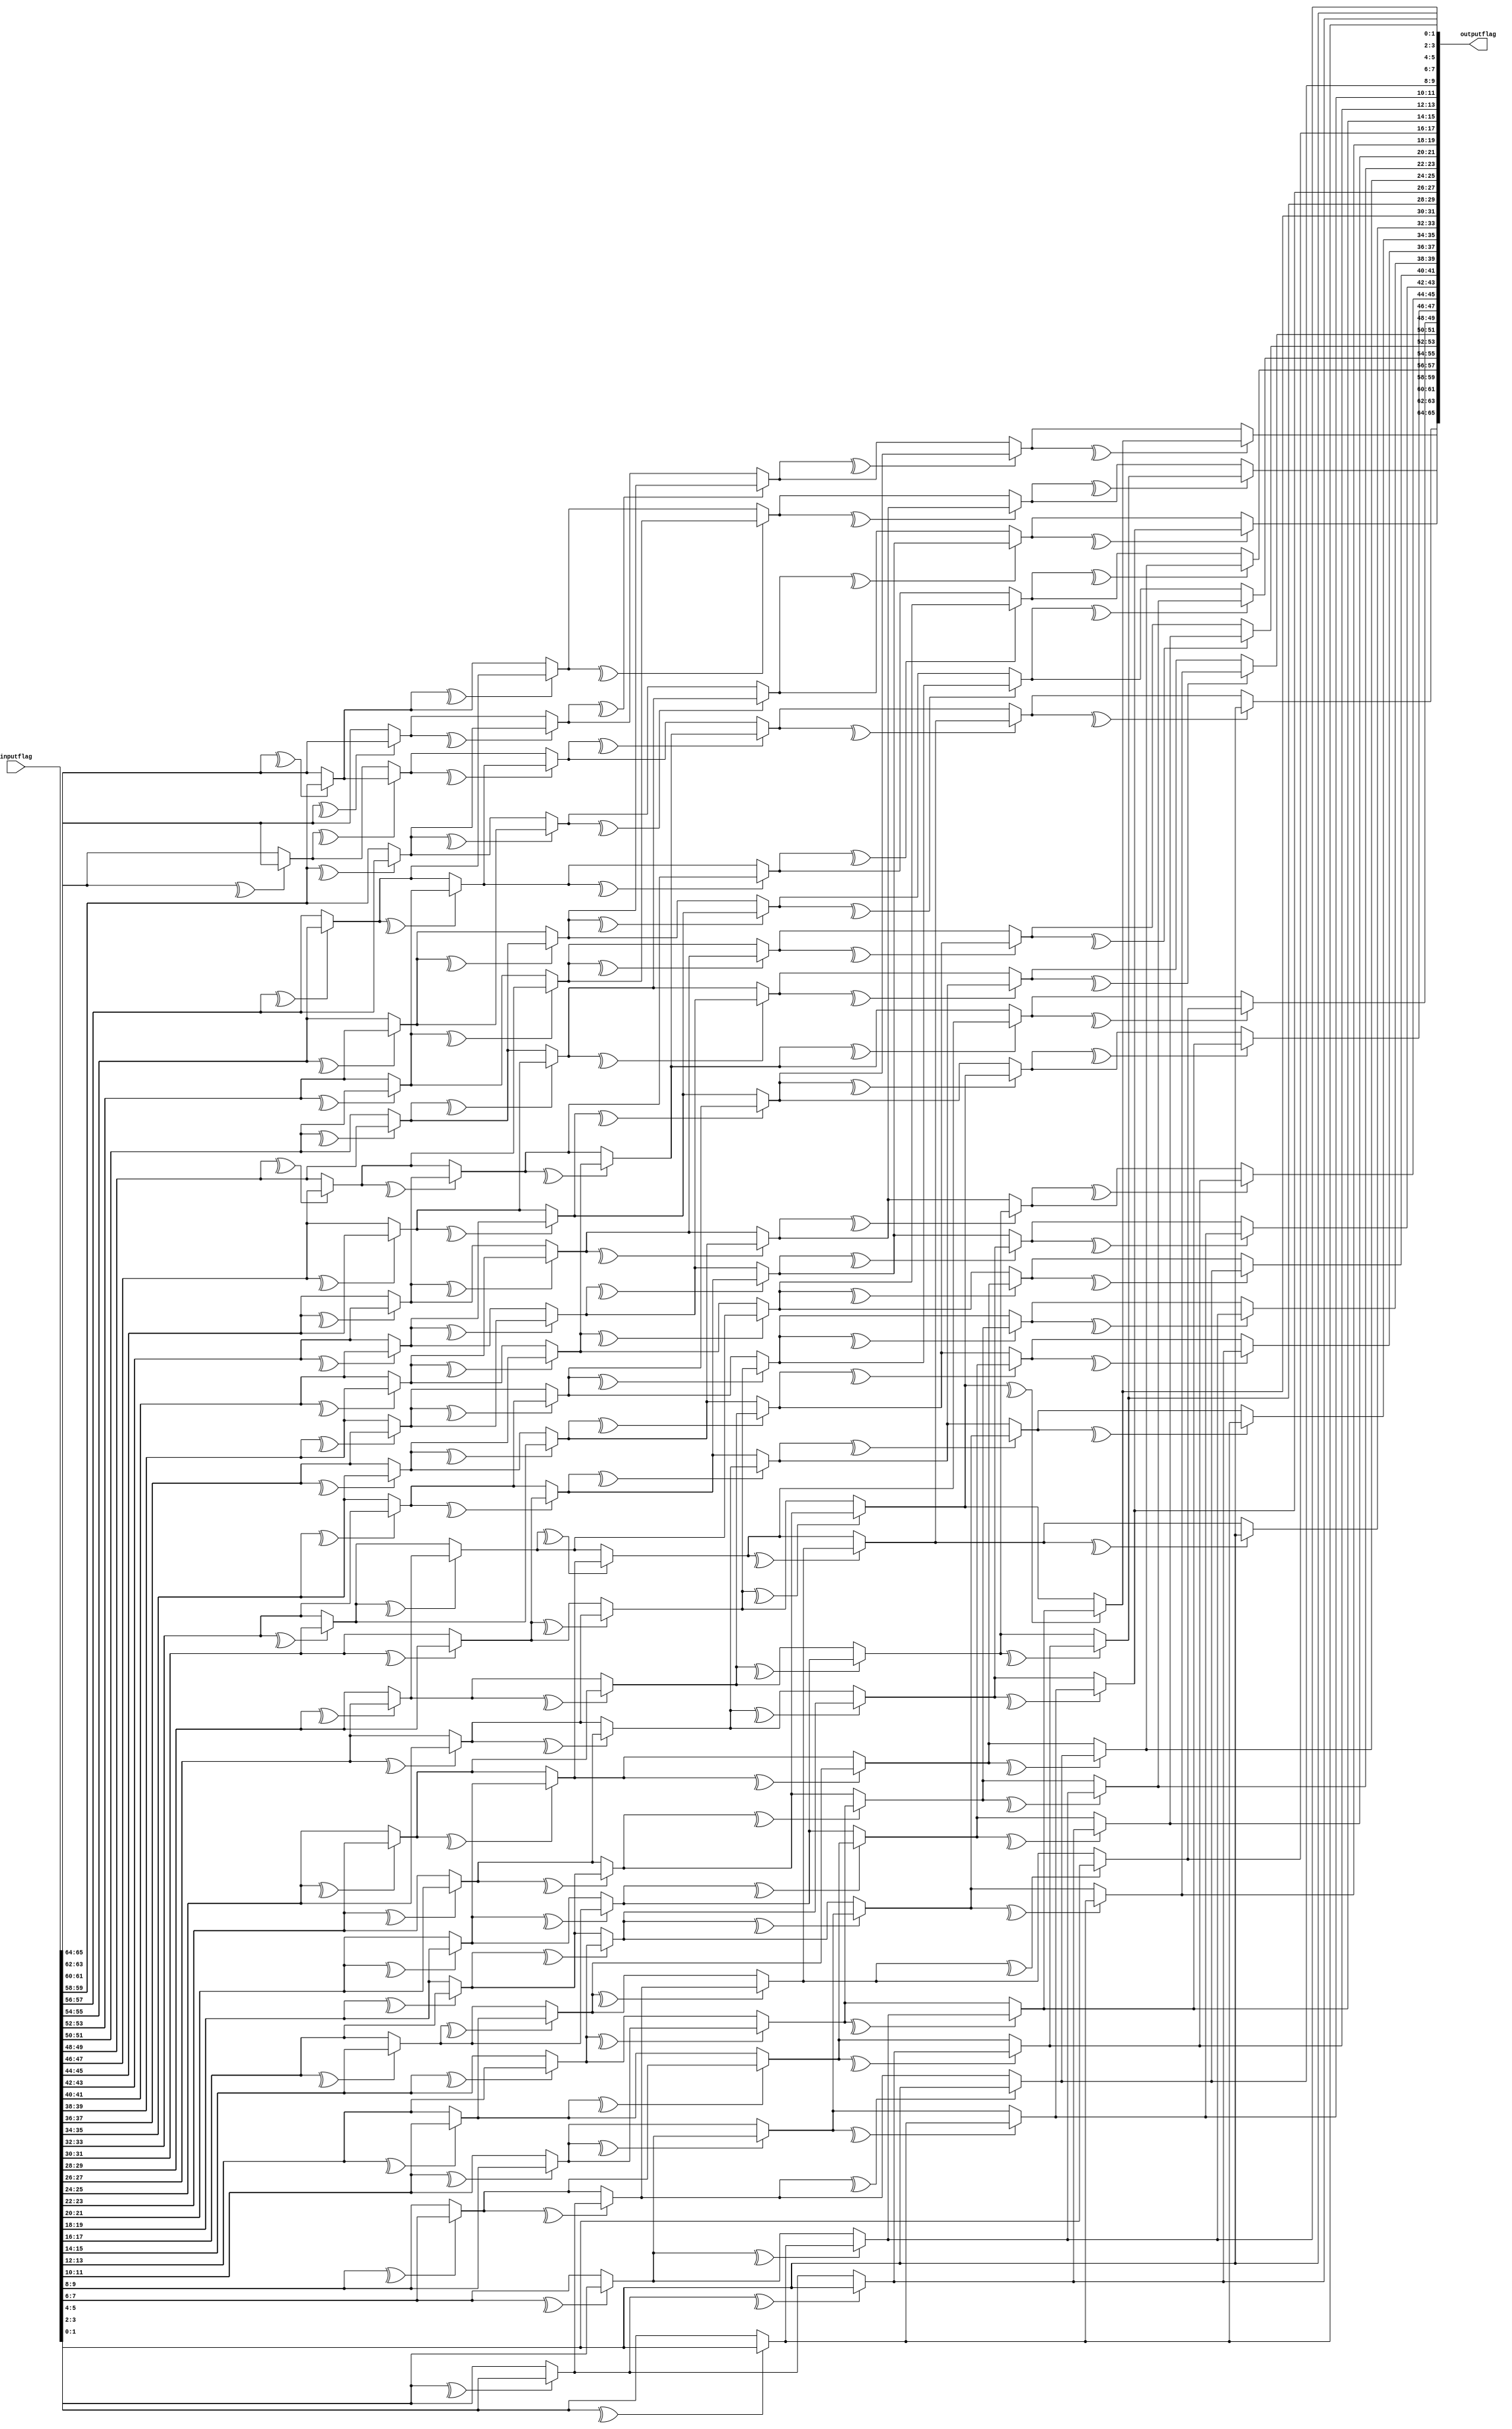

module ParallelPrefixCircuit(outputflag, inputflag);

input [65:0] inputflag;
output [65:0] outputflag;
wire [65:0] output1;
wire [65:0] output2;
wire [65:0] output3;
wire [65:0] output4;
wire [65:0] output5;

assign output1[65:64] = (^inputflag[65:64]) ? {inputflag[63],inputflag[62]} : inputflag[65:64];
assign output1[63:62] = (^inputflag[63:62]) ? {inputflag[61],inputflag[60]} : inputflag[63:62];
assign output1[61:60] = (^inputflag[61:60]) ? {inputflag[59],inputflag[58]} : inputflag[61:60];
assign output1[59:58] = (^inputflag[59:58]) ? {inputflag[57],inputflag[56]} : inputflag[59:58];
assign output1[57:56] = (^inputflag[57:56]) ? {inputflag[55],inputflag[54]} : inputflag[57:56];
assign output1[55:54] = (^inputflag[55:54]) ? {inputflag[53],inputflag[52]} : inputflag[55:54];
assign output1[53:52] = (^inputflag[53:52]) ? {inputflag[51],inputflag[50]} : inputflag[53:52];
assign output1[51:50] = (^inputflag[51:50]) ? {inputflag[49],inputflag[48]} : inputflag[51:50];
assign output1[49:48] = (^inputflag[49:48]) ? {inputflag[47],inputflag[46]} : inputflag[49:48];
assign output1[47:46] = (^inputflag[47:46]) ? {inputflag[45],inputflag[44]} : inputflag[47:46];
assign output1[45:44] = (^inputflag[45:44]) ? {inputflag[43],inputflag[42]} : inputflag[45:44];
assign output1[43:42] = (^inputflag[43:42]) ? {inputflag[41],inputflag[40]} : inputflag[43:42];
assign output1[41:40] = (^inputflag[41:40]) ? {inputflag[39],inputflag[38]} : inputflag[41:40];
assign output1[39:38] = (^inputflag[39:38]) ? {inputflag[37],inputflag[36]} : inputflag[39:38];
assign output1[37:36] = (^inputflag[37:36]) ? {inputflag[35],inputflag[34]} : inputflag[37:36];
assign output1[35:34] = (^inputflag[35:34]) ? {inputflag[33],inputflag[32]} : inputflag[35:34];
assign output1[33:32] = (^inputflag[33:32]) ? {inputflag[31],inputflag[30]} : inputflag[33:32];
assign output1[31:30] = (^inputflag[31:30]) ? {inputflag[29],inputflag[28]} : inputflag[31:30];
assign output1[29:28] = (^inputflag[29:28]) ? {inputflag[27],inputflag[26]} : inputflag[29:28];
assign output1[27:26] = (^inputflag[27:26]) ? {inputflag[25],inputflag[24]} : inputflag[27:26];
assign output1[25:24] = (^inputflag[25:24]) ? {inputflag[23],inputflag[22]} : inputflag[25:24];
assign output1[23:22] = (^inputflag[23:22]) ? {inputflag[21],inputflag[20]} : inputflag[23:22];
assign output1[21:20] = (^inputflag[21:20]) ? {inputflag[19],inputflag[18]} : inputflag[21:20];
assign output1[19:18] = (^inputflag[19:18]) ? {inputflag[17],inputflag[16]} : inputflag[19:18];
assign output1[17:16] = (^inputflag[17:16]) ? {inputflag[15],inputflag[14]} : inputflag[17:16];
assign output1[15:14] = (^inputflag[15:14]) ? {inputflag[13],inputflag[12]} : inputflag[15:14];
assign output1[13:12] = (^inputflag[13:12]) ? {inputflag[11],inputflag[10]} : inputflag[13:12];
assign output1[11:10] = (^inputflag[11:10]) ? {inputflag[9],inputflag[8]} : inputflag[11:10];
assign output1[9:8] = (^inputflag[9:8]) ? {inputflag[7],inputflag[6]} : inputflag[9:8];
assign output1[7:6] = (^inputflag[7:6]) ? {inputflag[5],inputflag[4]} : inputflag[7:6];
assign output1[5:4] = (^inputflag[5:4]) ? {inputflag[3],inputflag[2]} : inputflag[5:4];
assign output1[3:2] = (^inputflag[3:2]) ? {inputflag[1],inputflag[0]} : inputflag[3:2];
assign output1[1:0] = inputflag[1:0];

assign output2[65:64] = (^output1[65:64]) ? {output1[61],output1[60]} : output1[65:64];
assign output2[63:62] = (^output1[63:62]) ? {output1[59],output1[58]} : output1[63:62];
assign output2[61:60] = (^output1[61:60]) ? {output1[57],output1[56]} : output1[61:60];
assign output2[59:58] = (^output1[59:58]) ? {output1[55],output1[54]} : output1[59:58];
assign output2[57:56] = (^output1[57:56]) ? {output1[53],output1[52]} : output1[57:56];
assign output2[55:54] = (^output1[55:54]) ? {output1[51],output1[50]} : output1[55:54];
assign output2[53:52] = (^output1[53:52]) ? {output1[49],output1[48]} : output1[53:52];
assign output2[51:50] = (^output1[51:50]) ? {output1[47],output1[46]} : output1[51:50];
assign output2[49:48] = (^output1[49:48]) ? {output1[45],output1[44]} : output1[49:48];
assign output2[47:46] = (^output1[47:46]) ? {output1[43],output1[42]} : output1[47:46];
assign output2[45:44] = (^output1[45:44]) ? {output1[41],output1[40]} : output1[45:44];
assign output2[43:42] = (^output1[43:42]) ? {output1[39],output1[38]} : output1[43:42];
assign output2[41:40] = (^output1[41:40]) ? {output1[37],output1[36]} : output1[41:40];
assign output2[39:38] = (^output1[39:38]) ? {output1[35],output1[34]} : output1[39:38];
assign output2[37:36] = (^output1[37:36]) ? {output1[33],output1[32]} : output1[37:36];
assign output2[35:34] = (^output1[35:34]) ? {output1[31],output1[30]} : output1[35:34];
assign output2[33:32] = (^output1[33:32]) ? {output1[29],output1[28]} : output1[33:32];
assign output2[31:30] = (^output1[31:30]) ? {output1[27],output1[26]} : output1[31:30];
assign output2[29:28] = (^output1[29:28]) ? {output1[25],output1[24]} : output1[29:28];
assign output2[27:26] = (^output1[27:26]) ? {output1[23],output1[22]} : output1[27:26];
assign output2[25:24] = (^output1[25:24]) ? {output1[21],output1[20]} : output1[25:24];
assign output2[23:22] = (^output1[23:22]) ? {output1[19],output1[18]} : output1[23:22];
assign output2[21:20] = (^output1[21:20]) ? {output1[17],output1[16]} : output1[21:20];
assign output2[19:18] = (^output1[19:18]) ? {output1[15],output1[14]} : output1[19:18];
assign output2[17:16] = (^output1[17:16]) ? {output1[13],output1[12]} : output1[17:16];
assign output2[15:14] = (^output1[15:14]) ? {output1[11],output1[10]} : output1[15:14];
assign output2[13:12] = (^output1[13:12]) ? {output1[9],output1[8]} : output1[13:12];
assign output2[11:10] = (^output1[11:10]) ? {output1[7],output1[6]} : output1[11:10];
assign output2[9:8] = (^output1[9:8]) ? {output1[5],output1[4]} : output1[9:8];
assign output2[7:6] = (^output1[7:6]) ? {output1[3],output1[2]} : output1[7:6];
assign output2[5:4] = (^output1[5:4]) ? {output1[1],output1[0]} : output1[5:4];
assign output2[3:0] = output1[3:0];

assign output3[65:64] = (^output2[65:64]) ? {output2[57],output2[56]} : output2[65:64];
assign output3[63:62] = (^output2[63:62]) ? {output2[55],output2[54]} : output2[63:62];
assign output3[61:60] = (^output2[61:60]) ? {output2[53],output2[52]} : output2[61:60];
assign output3[59:58] = (^output2[59:58]) ? {output2[51],output2[50]} : output2[59:58];
assign output3[57:56] = (^output2[57:56]) ? {output2[49],output2[48]} : output2[57:56];
assign output3[55:54] = (^output2[55:54]) ? {output2[47],output2[46]} : output2[55:54];
assign output3[53:52] = (^output2[53:52]) ? {output2[45],output2[44]} : output2[53:52];
assign output3[51:50] = (^output2[51:50]) ? {output2[43],output2[42]} : output2[51:50];
assign output3[49:48] = (^output2[49:48]) ? {output2[41],output2[40]} : output2[49:48];
assign output3[47:46] = (^output2[47:46]) ? {output2[39],output2[38]} : output2[47:46];
assign output3[45:44] = (^output2[45:44]) ? {output2[37],output2[36]} : output2[45:44];
assign output3[43:42] = (^output2[43:42]) ? {output2[35],output2[34]} : output2[43:42];
assign output3[41:40] = (^output2[41:40]) ? {output2[33],output2[32]} : output2[41:40];
assign output3[39:38] = (^output2[39:38]) ? {output2[31],output2[30]} : output2[39:38];
assign output3[37:36] = (^output2[37:36]) ? {output2[29],output2[28]} : output2[37:36];
assign output3[35:34] = (^output2[35:34]) ? {output2[27],output2[26]} : output2[35:34];
assign output3[33:32] = (^output2[33:32]) ? {output2[25],output2[24]} : output2[33:32];
assign output3[31:30] = (^output2[31:30]) ? {output2[23],output2[22]} : output2[31:30];
assign output3[29:28] = (^output2[29:28]) ? {output2[21],output2[20]} : output2[29:28];
assign output3[27:26] = (^output2[27:26]) ? {output2[19],output2[18]} : output2[27:26];
assign output3[25:24] = (^output2[25:24]) ? {output2[17],output2[16]} : output2[25:24];
assign output3[23:22] = (^output2[23:22]) ? {output2[15],output2[14]} : output2[23:22];
assign output3[21:20] = (^output2[21:20]) ? {output2[13],output2[12]} : output2[21:20];
assign output3[19:18] = (^output2[19:18]) ? {output2[11],output2[10]} : output2[19:18];
assign output3[17:16] = (^output2[17:16]) ? {output2[9],output2[8]} : output2[17:16];
assign output3[15:14] = (^output2[15:14]) ? {output2[7],output2[6]} : output2[15:14];
assign output3[13:12] = (^output2[13:12]) ? {output2[5],output2[4]} : output2[13:12];
assign output3[11:10] = (^output2[11:10]) ? {output2[3],output2[2]} : output2[11:10];
assign output3[9:8] = (^output2[9:8]) ? {output2[1],output2[0]} : output2[9:8];
assign output3[7:0] = output2[7:0];

assign output4[65:64] = (^output3[65:64]) ? {output3[49],output3[48]} : output3[65:64];
assign output4[63:62] = (^output3[63:62]) ? {output3[47],output3[46]} : output3[63:62];
assign output4[61:60] = (^output3[61:60]) ? {output3[45],output3[44]} : output3[61:60];
assign output4[59:58] = (^output3[59:58]) ? {output3[43],output3[42]} : output3[59:58];
assign output4[57:56] = (^output3[57:56]) ? {output3[41],output3[40]} : output3[57:56];
assign output4[55:54] = (^output3[55:54]) ? {output3[39],output3[38]} : output3[55:54];
assign output4[53:52] = (^output3[53:52]) ? {output3[37],output3[36]} : output3[53:52];
assign output4[51:50] = (^output3[51:50]) ? {output3[35],output3[34]} : output3[51:50];
assign output4[49:48] = (^output3[49:48]) ? {output3[33],output3[32]} : output3[49:48];
assign output4[47:46] = (^output3[47:46]) ? {output3[31],output3[30]} : output3[47:46];
assign output4[45:44] = (^output3[45:44]) ? {output3[29],output3[28]} : output3[45:44];
assign output4[43:42] = (^output3[43:42]) ? {output3[27],output3[26]} : output3[43:42];
assign output4[41:40] = (^output3[41:40]) ? {output3[25],output3[24]} : output3[41:40];
assign output4[39:38] = (^output3[39:38]) ? {output3[23],output3[22]} : output3[39:38];
assign output4[37:36] = (^output3[37:36]) ? {output3[21],output3[20]} : output3[37:36];
assign output4[35:34] = (^output3[35:34]) ? {output3[19],output3[18]} : output3[35:34];
assign output4[33:32] = (^output3[33:32]) ? {output3[17],output3[16]} : output3[33:32];
assign output4[31:30] = (^output3[31:30]) ? {output3[15],output3[14]} : output3[31:30];
assign output4[29:28] = (^output3[29:28]) ? {output3[13],output3[12]} : output3[29:28];
assign output4[27:26] = (^output3[27:26]) ? {output3[11],output3[10]} : output3[27:26];
assign output4[25:24] = (^output3[25:24]) ? {output3[9],output3[8]} : output3[25:24];
assign output4[23:22] = (^output3[23:22]) ? {output3[7],output3[6]} : output3[23:22];
assign output4[21:20] = (^output3[21:20]) ? {output3[5],output3[4]} : output3[21:20];
assign output4[19:18] = (^output3[19:18]) ? {output3[3],output3[2]} : output3[19:18];
assign output4[17:16] = (^output3[17:16]) ? {output3[1],output3[0]} : output3[17:16];
assign output4[15:0] = output3[15:0];

assign output5[65:64] = (^output4[65:64]) ? {output4[33],output4[32]} : output4[65:64];
assign output5[63:62] = (^output4[63:62]) ? {output4[31],output4[30]} : output4[63:62];
assign output5[61:60] = (^output4[61:60]) ? {output4[29],output4[28]} : output4[61:60];
assign output5[59:58] = (^output4[59:58]) ? {output4[27],output4[26]} : output4[59:58];
assign output5[57:56] = (^output4[57:56]) ? {output4[25],output4[24]} : output4[57:56];
assign output5[55:54] = (^output4[55:54]) ? {output4[23],output4[22]} : output4[55:54];
assign output5[53:52] = (^output4[53:52]) ? {output4[21],output4[20]} : output4[53:52];
assign output5[51:50] = (^output4[51:50]) ? {output4[19],output4[18]} : output4[51:50];
assign output5[49:48] = (^output4[49:48]) ? {output4[17],output4[16]} : output4[49:48];
assign output5[47:46] = (^output4[47:46]) ? {output4[15],output4[14]} : output4[47:46];
assign output5[45:44] = (^output4[45:44]) ? {output4[13],output4[12]} : output4[45:44];
assign output5[43:42] = (^output4[43:42]) ? {output4[11],output4[10]} : output4[43:42];
assign output5[41:40] = (^output4[41:40]) ? {output4[9],output4[8]} : output4[41:40];
assign output5[39:38] = (^output4[39:38]) ? {output4[7],output4[6]} : output4[39:38];
assign output5[37:36] = (^output4[37:36]) ? {output4[5],output4[4]} : output4[37:36];
assign output5[35:34] = (^output4[35:34]) ? {output4[3],output4[2]} : output4[35:34];
assign output5[33:32] = (^output4[33:32]) ? {output4[1],output4[0]} : output4[33:32];
assign output5[31:0] = output4[31:0];

assign outputflag[65:64] = (^output5[65:64]) ? {output5[1],output5[0]} : output5[65:64];
assign outputflag[63:0] = output5[63:0];

endmodule